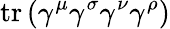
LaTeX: \operatorname{tr}\left(\gamma^{\mu}\gamma^{\sigma}\gamma^{\nu}\gamma^{\rho}\right)